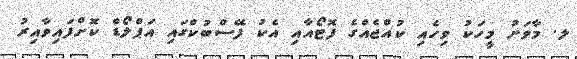
ލ. މާވަށު މީހަކު ވިހެއި ކުއްޖެއްގެ ފޮޓޯއާއި އެކު ފޭސްބުކްގައި އަޕްލޯޑް ކޮށްފައިވާއިރު